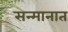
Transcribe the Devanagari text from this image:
सन्मानात